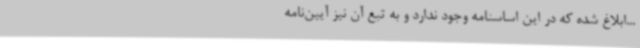
...ابلاغ شده که در این اساسنامه وجود ندارد و به تبع آن نیز آیین‌نامه